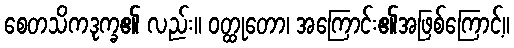
စေတသိကဒုက္ခ၏ လည်း။ ဝတ္ထုတော၊ အကြောင်း၏အဖြစ်ကြောင့်။